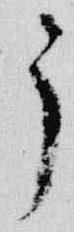
了